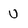
Character: U